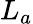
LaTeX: L_{a}